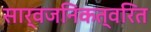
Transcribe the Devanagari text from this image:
सार्वजनिकत्वरित